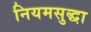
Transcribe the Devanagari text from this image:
नियमसुद्धा